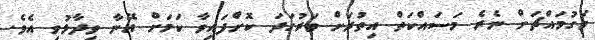
މަގުމައްޗަށް ނެރެ މަސައްކަތް އިތުރަށް ވަރުގަދަ ކޮށްފައިވާ ކަމަށް އޭނާ ވިދާޅުވި އެވެ.